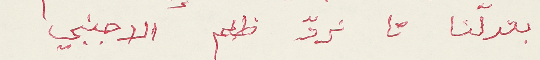
بعدلَنا تا نردّ ظلم الاجنبي